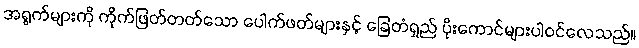
အရွက်များကို ကိုက်ဖြတ်တတ်သော ပေါက်ဖတ်များနှင့် ခြေတံရှည် ပိုးကောင်များပါဝင်လေသည်။